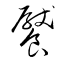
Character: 饜